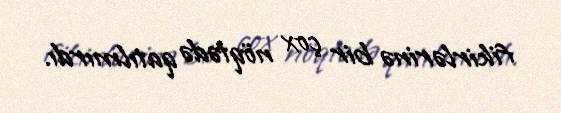
fikirlərinə bir çox nöqtədə qatılmırdı.